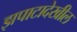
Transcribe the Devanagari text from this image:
झपाटादेखील